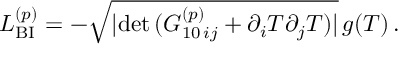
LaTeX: { \cal L } _ { \mathrm { B I } } ^ { ( p ) } = - \sqrt { | \mathrm { d e t } \, ( { G } _ { 1 0 \, i j } ^ { ( p ) } + \partial _ { i } T \partial _ { j } T ) | } \, g ( T ) \, .